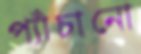
প্যাঁচানো